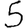
Digit: 5